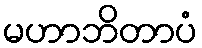
မဟာဘိတာပံ